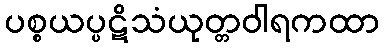
ပစ္စယပ္ပဋိသံယုတ္တဝါရကထာ